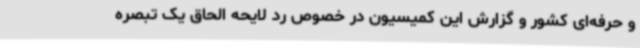
و حرفه‌ای کشور و گزارش این کمیسیون در خصوص رد لایحه الحاق یک تبصره